Insane asylums Bombay 1873-77 - 1873-1877
Year: 1873
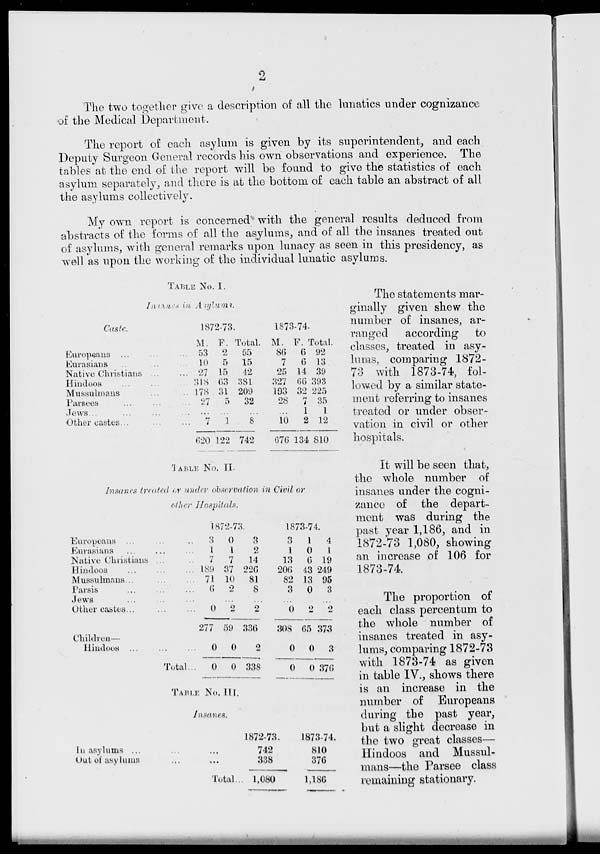
2
The two together give a description of all the lunatics under cognizance
of the Medical Department.
The report of each asylum is given by its superintendent, and each
Deputy Surgeon General records his own observations and experience. The
tables at the end of the report will be found to give the statistics of each
asylum separately, and there is at the bottom of each table an abstract of all
the asylums collectively.
My own report is concerned with the general results deduced from
abstracts of the forms of all the asylums, and of all the insanes treated out
of asylums, with general remarks upon lunacy as seen in this presidency, as
well as upon the working of the individual lunatic asylums.
TABLE NO. I.
Insanes in Asylums.
Caste.
Europeans ... .. ..
Eurasians .. ..
Native Christians... ...
Hindoos ... .. ...
Mussulmans ... ..
Parsees ... ... ...
views ... ... ... ...
Other castes ... ... ...
1872-73.
M.
53
10
27
318
178
27
7
620
F.
2
5
15
63
31
5
1
122
Total.
55
15
42
381
209
32
8
742
1873-74.
M.
86
7
25
327
193
28
10
676
F.
6
6
14
66
32
7
1
2
134
Total.
92
13
39
393
225
35
1
12
810
TABLE NO. II
Insanes treated or under observation in Civil or
other Hospitals.
Europeans ... .. ...
Eurasians ... ... ...
Native Christians ... ..
Hindoos ... ... ...
Mussulmans ... ... ...
Parsis ... ... ...
Jews ... ... ...
Other eastes ... ... ...
Children—
Hindoos ... ... ...
Total...
1872-73.
3
1
7
189
71
6
0
277
0
0
0
1
7
37
10
2
0
59
0
0
3
2
14
226
81
8
2
336
2
338
1873-74.
3
1
13
206
82
3
0
308
0
0
1
0
6
43
13
0
2
65
0
0
4
1
19
249
95
3
2
373
3
376
In asylums ...
Out of asylums
TABLE NO. III
Insanes.
... ...
... ...
Total
1872-73.
742
338
1,080
1873-74.
810
376
1,186
The statements mar-
ginally given shew the
number of insanes, ar-
ranged
according to
classes, treated in asy-
lums, comparing 1872-
73 with 1873-74, fol-
lowed by a similar state-
ment referring to insanes
treated or under obser-
vation in civil or other
hospitals.
It will be seen that,
the whole number of
insanes under the cogni-
zance of the depart-
ment was during the
past year 1,186, and in
1872-73 1,080, showing
an increase of 106 for
1873-74.
The proportion of
each class percentum to
the whole number of
insanes treated in asy-
lums, comparing 1872-73
with 1873-74 as given
in table IV., shows there
is an increase in the
number of Europeans
during the past year,
but a slight decrease in
the two great classes—
Hindoos and Mussul-
mans—the Parsee class
remaining stationary.